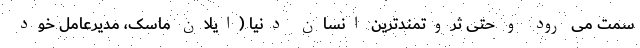
سمت می رود و حتی ثروتمندترین انسان دنیا (ایلان ماسک، مدیرعامل خود